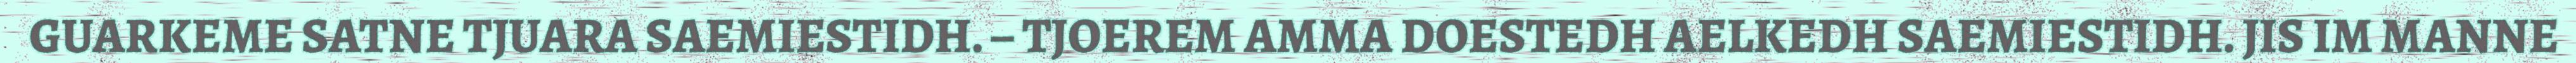
GUARKEME SATNE TJUARA SAEMIESTIDH. – TJOEREM AMMA DOESTEDH AELKEDH SAEMIESTIDH. JIS IM MANNE